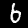
Digit: 6